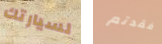
لسيارتك فقدتم